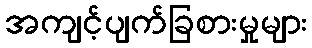
အကျင့်ပျက်ခြစားမှုများ